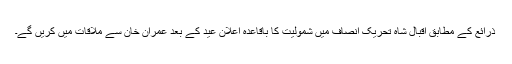
ذرائع کے مطابق اقبال شاہ تحریک انصاف میں شمولیت کا باقاعدہ اعلان عید کے بعد عمران خان سے ملاقات میں کریں گے۔